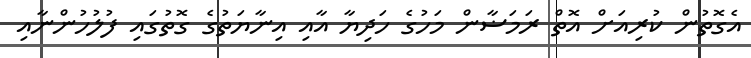
އެގޮތުން ކުރިއަށް އޮތް ރަމަޟާން މަހުގެ ހަދިޔާ އާއި އިނާޔަތުގެ ގޮތުގައި ފުލުހުންނާއި